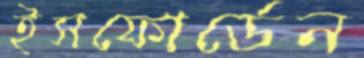
ইসফোর্ডেন